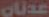
عدنان